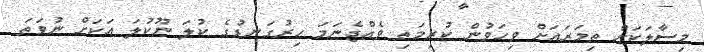
މިސާލަކަށް ތިމަރައަށް ވިހަވުން ކުރިމަތި ވެއްޖެނަމަ ހިރުގަނޑުގެ ކުލަ ނޫކުލަ އަކަށް ނުވަތަ